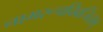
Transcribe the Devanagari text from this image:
नामरूपविवर्जितम्